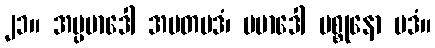
၂၁။ အပ္ပမာဒေါ အမတပဒံ၊ ပမာဒေါ မစ္စုနော ပဒံ။